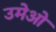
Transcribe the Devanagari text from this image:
उमेओ